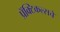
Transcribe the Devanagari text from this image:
प्रॅक्टिकल्सचे